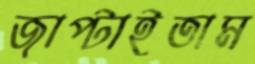
জাপ্‌টাইতাম